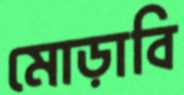
মোড়াবি